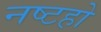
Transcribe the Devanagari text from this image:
नष्टहो